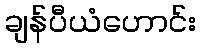
ချန်ပီယံဟောင်း